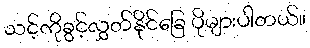
သင့်ကိုခွင့်လွှတ်နိုင်ခြေ ပိုများပါတယ်။